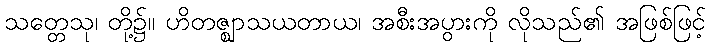
သတ္တေသု၊ တို့၌။ ဟိတဇ္ဈာသယတာယ၊ အစီးအပွားကို လိုသည်၏ အဖြစ်ဖြင့်